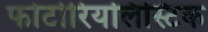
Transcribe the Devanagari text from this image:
फोटोरियलिस्टिक